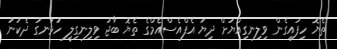
ތެޔޮ ހިފައިގެން ވިލިނގިއްޔަށް ދިޔަ އެފްއެސްއެމްގެ ތެޔޮ ބާޖު ވިލިނގިލީ ހުޅަނގު ދެކުނު